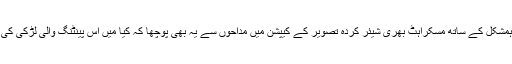
ہانیہ عامر نے اپنی ہمشکل کے ساتھ مسکراہٹ بھری شیئر کردہ تصویر کے کیپشن میں مداحوں سے یہ بھی پوچھا کہ کیا میں اس پینٹنگ والی لڑکی کی طرح نظر آتی ہوں؟